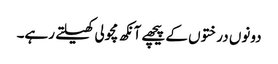
دونوں درختوں کے پیچھے آنکھ مچولی کھیلتے رہے۔